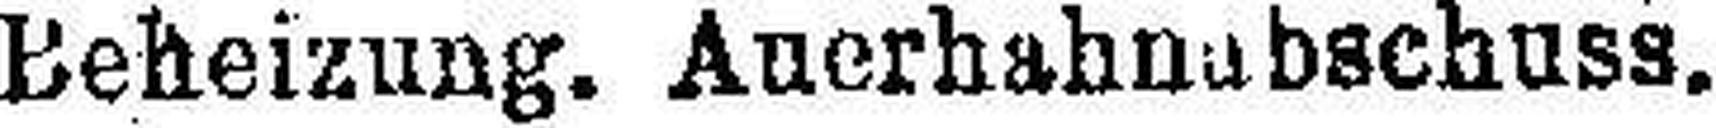
Beheizung. Auerhahnabschuss.